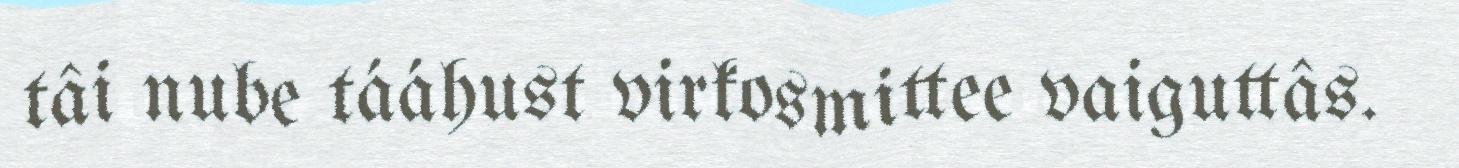
tâi nube tááhust virkosmittee vaiguttâs.